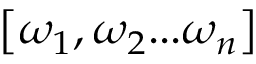
\left[ { { \omega _ { 1 } } , { \omega _ { 2 } } . . . { \omega _ { n } } } \right]